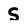
Character: S